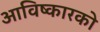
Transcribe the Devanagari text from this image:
आविष्कारको